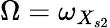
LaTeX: \Omega=\omega_{X_{s2}}